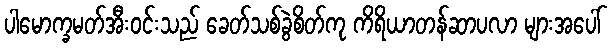
ပါမောက္ခမတ်အီးဝင်းသည် ခေတ်သစ်ခွဲစိတ်ကု ကိရိယာတန်ဆာပလာ များအပေါ်